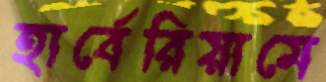
হার্বেরিয়ামে